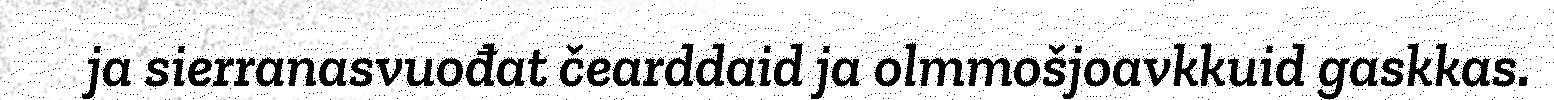
ja sierranasvuođat čearddaid ja olmmošjoavkkuid gaskkas.